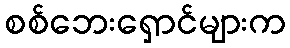
စစ်ဘေးရှောင်များက